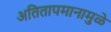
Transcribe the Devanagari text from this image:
अतितापमानामुळे